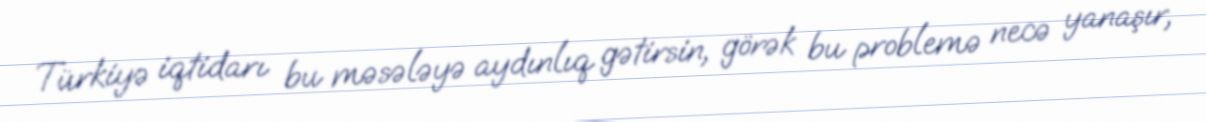
Türkiyə iqtidarı bu məsələyə aydınlıq gətirsin, görək bu problemə necə yanaşır,